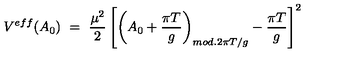
V ^ { e f f } ( A _ { 0 } ) \ = \ \frac { \mu ^ { 2 } } { 2 } \left[ \left( A _ { 0 } + \frac { \pi T } { g } \right) _ { m o d . { } 2 \pi T / g } - \frac { \pi T } { g } \right] ^ { 2 }